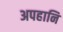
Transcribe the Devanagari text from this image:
अपहानि